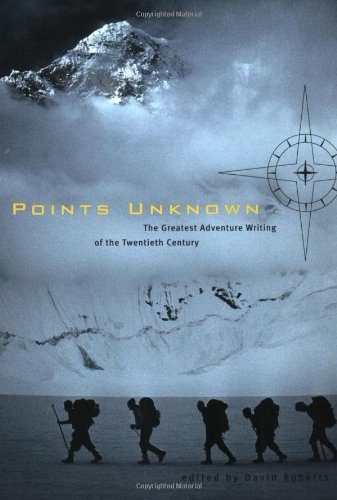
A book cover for Points Unknown: The Greatest Adventure Writing of the Twentieth Century (Outside Books); History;